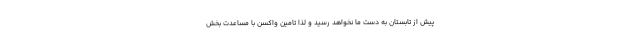
پیش از تابستان به دست ما نخواهد رسید و لذا تامین واکسن با مساعدت بخش